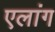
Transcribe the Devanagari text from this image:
एलांग